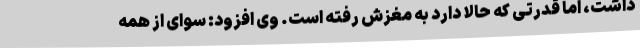
داشت، اما قدرتی که حالا دارد به مغزش رفته است. وی افزود: سوای از همه